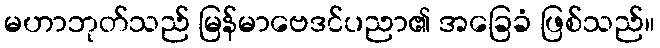
မဟာဘုတ်သည် မြန်မာဗေဒင်ပညာ၏ အခြေခံ ဖြစ်သည်။